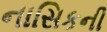
નાસિકની